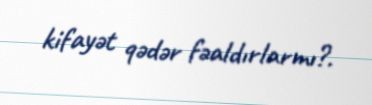
kifayət qədər fəaldırlarmı?.